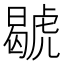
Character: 𧇷